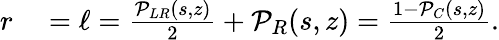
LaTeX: \begin{array}{rl}{r}&{{}=\ell=\frac{{\cal P}_{LR}(s,z)}{2}+{\cal P}_{R}(s,z)=\frac{1-{\cal P}_{C}(s,z)}{2}.}\end{array}